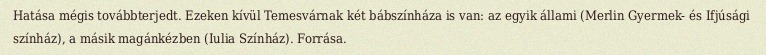
Hatása mégis továbbterjedt. Ezeken kívül Temesvárnak két bábszínháza is van: az egyik állami (Merlin Gyermek- és Ifjúsági színház), a másik magánkézben (Iulia Színház). Forrása.